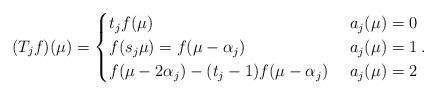
LaTeX: \begin{align*} (T_jf)(\mu ) = \begin{cases} t_j f(\mu )&\ a_j(\mu) =0 \\ f(s_j\mu ) =f(\mu-\alpha_j) &\ a_j(\mu) =1 \\f(\mu-2\alpha_j) -(t_j-1)f(\mu-\alpha_j) &\ a_j(\mu) = 2 \end{cases}. \end{align*}